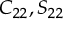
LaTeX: C _ { 2 2 } , S _ { 2 2 }